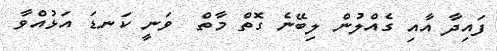
ފައިދާ އާއި ގެއްލުން ލިބޭނެ ގޮތް މާތް  ވަނީ ކަނޑަ އަޅުއްވާ